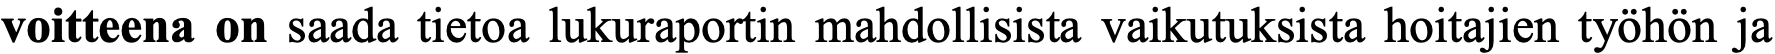
voitteena on saada tietoa lukuraportin mahdollisista vaikutuksista hoitajien työhön ja